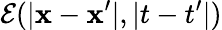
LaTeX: \mathcal{E}(|\mathbf{x}-\mathbf{x}^{\prime}|,|t-t^{\prime}|)